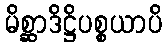
မိစ္ဆာဒိဋ္ဌိပစ္စယာပိ